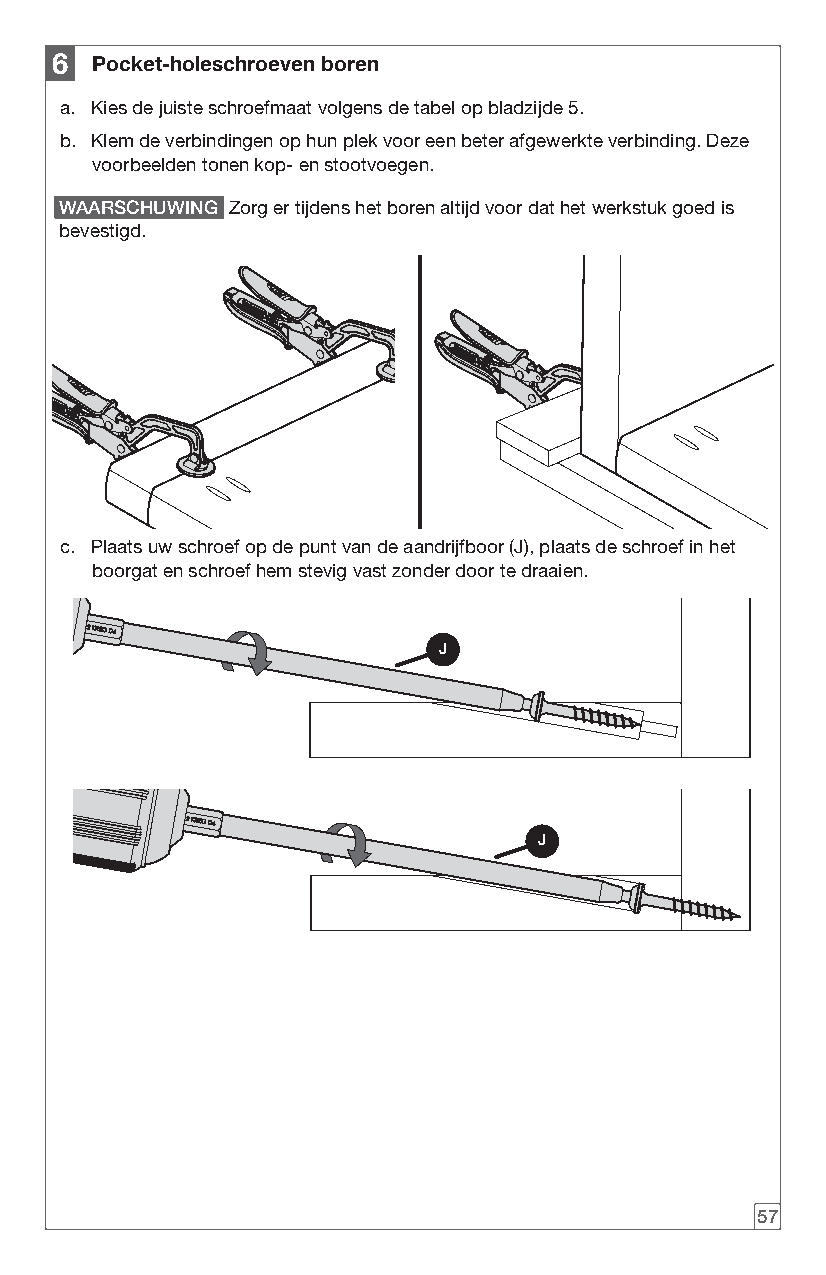
6  Pocket-holeschroeven boren
 a. Kies de juiste schroefmaat volgens de tabel op bladzijde 5.
 b. Klem de verbindingen op hun plek voor een beter afgewerkte verbinding. Deze
 voorbeelden tonen kop- en stootvoegen.
 WAARSCHUWING Zorg er tijdens het boren altijd voor dat het werkstuk goed is
 bevestigd.
 c. Plaats uw schroef op de punt van de aandrijfboor (J), plaats de schroef in het
 boorgat en schroef hem stevig vast zonder door te draaien.
 J
 J
 57